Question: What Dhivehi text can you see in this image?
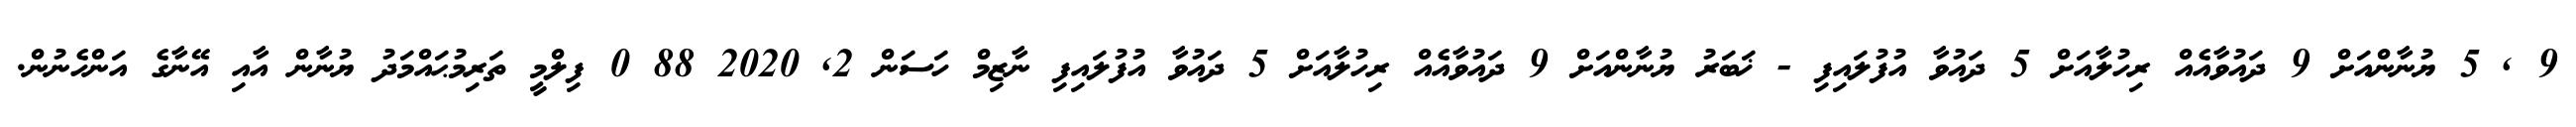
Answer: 9 , 5 ޔުނާންއަށް 9 ދައުވާއެއް ރިހުލާއަށް 5 ދައުވާ އުފުލައިފި - ޚަބަރު ޔުނާންއަށް 9 ދައުވާއެއް ރިހުލާއަށް 5 ދައުވާ އުފުލައިފި ނާޒިމް ހަސަން 2, 2020 88 0 ފިލްމީ ތަރިމުޙައްމަދު ޔުނާން އާއި އޭނާގެ އަންހެނުން.